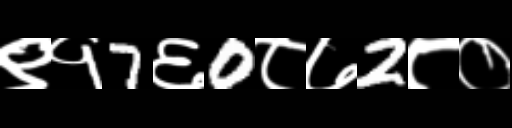
Text: ९१7६0८७2८०